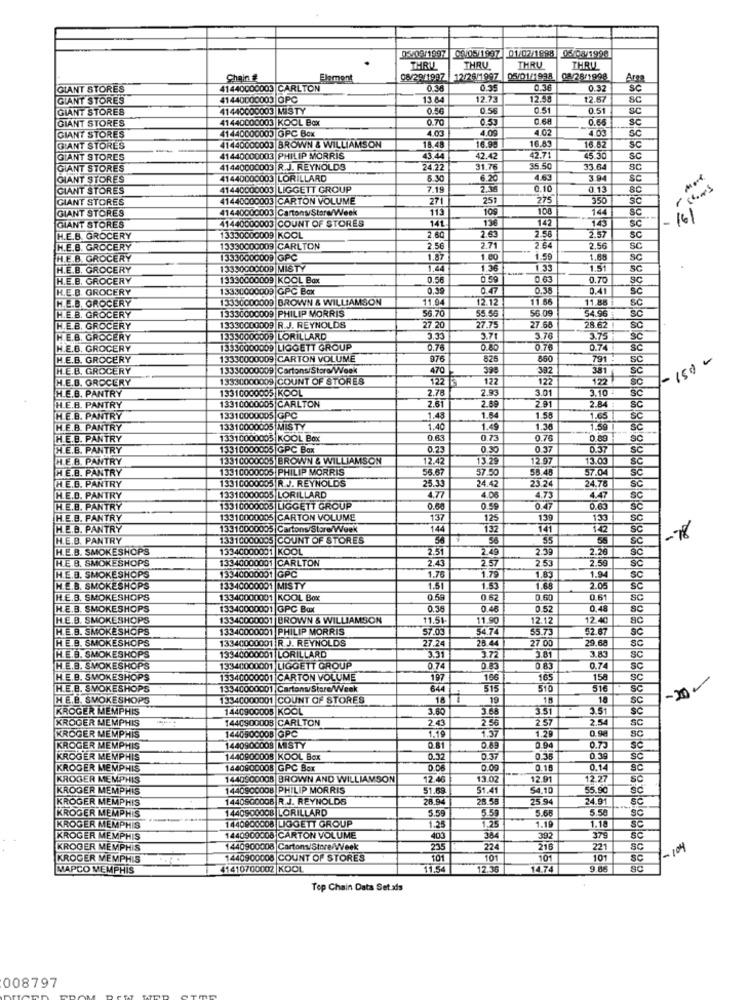
05/09/1997 00/05/1997 01/02/1898 05/03/1998
THRILL
THRU
THRU
THRU
Chaing
Element
08/29/1997 12/26/1997
05/01/1998
08/28/1998
GIANT STORES
41440000003 CARLTON
0.36
0.35
0.36
0.32
GIANT STORES
41440000003 0PC
13 64
12.73
12.58
$2.67
SC
GIANT STORES
41440000003 MISTY
0.50
0.58
0.51
0.51
SC
GIANT STORES
41440000003 KOOL Box
0.70
0.5.
0.66
41440000003 GPC Box
4.03
4.09
4 02
403
BC
GIANT STORES
18.48
16.90
16.83
GIANT STORES
41440000003 BROWN & WILLIAMSON
16.62
GIANT STORES
41440000003 PHILIP MORRIS
43.44
42.42
42.71
5.30
sc
GIANT STORES
41440000003 R.J. REYNOLDS
24.22
31.76
35.50
33.64
SC
GIANT STORES
41440000003 LORILLARD
6.30
6.20
4.63
3.94
SC
GIANT STORES
41440000003 LIGGETT GROUP
7.19
2.36
0.10
0.13
80
GIANT STORES
41440000003 CARTON VOLUME
271
251
275
350
sc
GIANT STORES
41440000003 CartonsStore/Week
113
109
108
144
SC
161
41440000003 COUNT OF STORES
141
136
145
Sc
GIANT STORES
142
2.57
H.E.B. GROCERY
13330000009 KOOL
2.60
2.63
2.58
SC
H.E.B. GROCERY
13330000009 CARLTON
2.56
2.71
64
2.56
Sc
H.E.B. GROCERY
13330000009 GPC
1.87
180
1.59
1.88
SC
H.E.B. GROCERY
13330000009 MISTY
1.36
1.33
1.51
SC
H.E.B. GROCERY
13330000009 KOOL Box
0.56
0.59
0.63
0.70
SC
H.E.B. GROCERY
13330000009 GPC Box
0.39
0.47
0.38
0.41
H.E.B. GROCERY
3330000009 BROWN & WILLIAMSON
11.94
12.12
11.66
11.88
SC
H.E.B. GROCERY
13330000009 PHILIP MORRIS
6.70
56.09
54.96
55.56
27.68
H.E.B. GROCERY
13330000009 R.J. REYNOLDS
27.20
27.75
28.62
SC
H.E.B. GROCERY
13330000009 LORILLARD
5,35
3.71
3.76
3.75
H.E.B. GROCERY
13330000009 LIGGETT GROUP
0.76
0.80
0.76
0.74
H.E.B. GROCERY
13330000009 CARTON VOLUME
976
825
860
791
SC
150-
HE.B. GROCERY
13330000009 Cartons/Store/Week
470
399
382
SC
H.E.B. GROCERY
13330000009 COUNT OF STORES
122
122
122
122
H.E.B. PANTRY
3310000005 KOOL
2.78
2.93
3.01
3.10
13310000005 CARLTON
2.91
H.E.B. PANTRY
2.89
2.84
H.E.B. PANTRY
13310000005 GPC
1.43
1.64
1.58
1.65
H.E.B. PANTRY
13310000005 MISTY
1.40
1.49
1.36
1.59
HE.B. PANTRY
13310000005 KOOL Box
0.73
0.76
0.89
H.E.B. PANTRY
13310000005 GPC Box
0.23
0.37
0.37
SC
H.E.B. PANTRY
13310000005 BROWN & WILLIAMSON
12.42
13.29
12.97
15.00
HE.B. PANTRY
3310000005 PHILIP MORRIS
56.67
57.50
58.45
$7.04
24.42
H.E.D. PANTRY
13310000005 R J. REYNOLDS
4.77
23.24
24.78
SC
H.E.D. PANTRY
3310000005 LORILLARD
4.08
4.73
4.47
SC
H.E.B. PANTRY
13310000005 LIGGETT GROUP
0.60
0.59
047
0.65
H.E.B. PANTRY
13310000005 CARTON VOLUME
137
125
139
133
SC
.E.B. PANTRY
13310000005 Cartons/Store/Week
144
132
141
142
H.E.B. PANTRY
13310000005 COUNT OF STORES
55
58
H.E.B. SMOKESHOPS
13340000001 KOOL
2.51
49
2.39
2.26
H.E.B. SMOKESHOPS
13340000001 CARLTON
2.43
257
2.53
2.50
1.79
H.E.B. SMOKESHOPS
13340000001 GPC
1.76
1.83
1.94
SC
H.E.B. SMOKESHOPS
13340000001 MISTY
1.51
1.53
1.68
2.05
H.E.B. SMOKESHOPS
13340000001 KOOL Box
0.55
0.52
0.60
0.61
SC
H.E.B. SMOKESHOPS
13340000001 GPC Box
0.38
0.52
0,48
SC
H.E.B. SMOKESHOPS
3340000001 BROWN & WILLIAMSON
11.51
1.90
12.12
12.40
80
H.E.B. SMOKESHOPS
13340000001 PHILIP MORRIS
57.03
54.74
55.73
32.67
SC
H.E.B. SMOKESHOPS
13340000001 R J. REYNOLDS
28.44
13340000001 LORILLARD
27.24
27.00
9.68
SC
H.E.B. SMOKESHOPS
3.31
3.72
3.81
3.83
SC
H.E.B. SMOKESHOPS
13340000001 LIGGETT GROUP
0.74
0.83
0.83
0.74
sc
H.E.B. SMOKESHOPS
5340000001 CARTON VOLUME
197
166
165
158
SC
H.E.B. SMOKESHOPS
13340000001 CartonStore/Week
644
515
510
H.E.B. SMOKESHOPS
13340000001 COUNT OF STORES
18
19
18
18
SC
KROGER MEMPHIS
1440900005 KOOL
3.60
3.68
3.51
3.51
KROGER MEMPHIS
1440900008 CARLTON
2.43
2.56
2 57
2.54
SC
1.19
1.37
0.98
KROGER MEMPHIS
1440900008 GPC
129
SC
KROGER MEMPHIS
1440900008 |MISTY
0.81
0.89
0.94
0.73
Sc
KROGER MEMPHIS
1440900005|KOOL Box
0.32
0.37
0.35
0.39
SC
KROGER MEMPHIS
1440900008 GPC Box
0.00
0.10
0.14
KROGER MEMPHIS
1440900008 BROWN AND WILLIAMSON
12.46
13.02
12.91
12.27
KROGER MEMPHIS
1440900008 PHILIP MORRIS
51.69
51.4
4.10
55.90
Sc
KROGER MEMPHIS
1440SQ0008 R.J. REYNOLDS
28.94
28.5
25.94
24.91
SC
144090000B LORILLARD
5.59
5.59
5.66
5.58
KROGER MEMPHIS
1.25
SC
KROGER MEMPHIS
1440900008 LIGGETT GROUP
1.25
1.19
1.18
SC
KROGER MEMPHIS
1440900008 CARTON VOLUME
403
384
392
379
KROGER MEMPHIS
1440900006 Cartons/Store/Week
235
224
216
221
SC
- 199
KROGER MEMPHIS
1440900006 COUNT OF STORES
101
101
101
101
sc
MAPCO MEMPHIS
41410700002 KOOL
11.54
12.30
14.74
9.88
Tep Chain Data Set als
008797